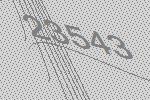
23543